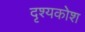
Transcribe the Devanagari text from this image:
दृश्यकोश